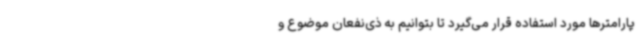
پارامترها مورد استفاده قرار می‌گیرد تا بتوانیم به ذی‌نفعان موضوع و